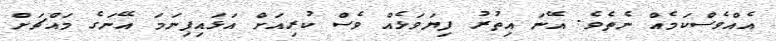
އެއްވެސްކަމެއް ނެތެވެ. އޭނަ އިތުރު ފިޔަވަޅެއް ވެސް ކުރިއަށް އަޅައިފިނަމަ އޭނަގެ މައްޗަށް